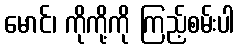
မောင်၊ ကိုကို့ကို ကြည့်စမ်းပါ